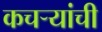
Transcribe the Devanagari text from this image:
कचऱ्यांची